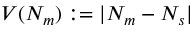
V ( N _ { m } ) : = | N _ { m } - N _ { s } |